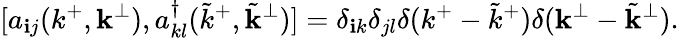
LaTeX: [a_{\mathbf{i}j}(k^{+},{\mathbf{k}}^{\perp}),a_{kl}^{\dagger}({\tilde{{k}}}^{+},{\tilde{{\mathbf{k}}}}^{\perp})]=\delta_{\mathbf{i}k}\delta_{jl}\delta(k^{+}-{\tilde{{k}}}^{+})\delta({\mathbf{k}}^{\perp}-{\tilde{{\mathbf{k}}}}^{\perp}).